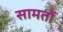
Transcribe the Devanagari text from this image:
सामतों